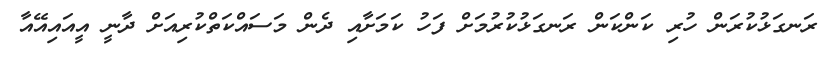
ރަނގަޅުކުރަން ހުރި ކަންކަން ރަނގަޅުކުރުމަށް ފަހު ކަމަށާއި ދެން މަސައްކަތްކުރިއަށް ދާނީ އީއައިއޭއާ